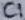
Text: C1